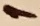
Text: 1